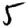
Digit: 5